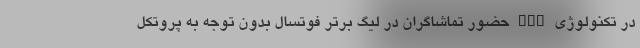
در تکنولوژی nan حضور تماشاگران در لیگ برتر فوتسال بدون توجه به پروتکل